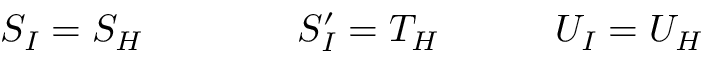
S _ { I } = S _ { H } \qquad \qquad S _ { I } ^ { \prime } = T _ { H } \quad \qquad U _ { I } = U _ { H } \,